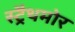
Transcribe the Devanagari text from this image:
स्ट्रैथमोर